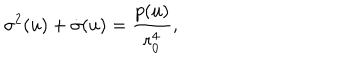
LaTeX: \sigma ^ { 2 } ( u ) + \dot { \sigma } ( u ) = \frac { p ( u ) } { r _ { 0 } ^ { 4 } } ,